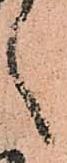
之